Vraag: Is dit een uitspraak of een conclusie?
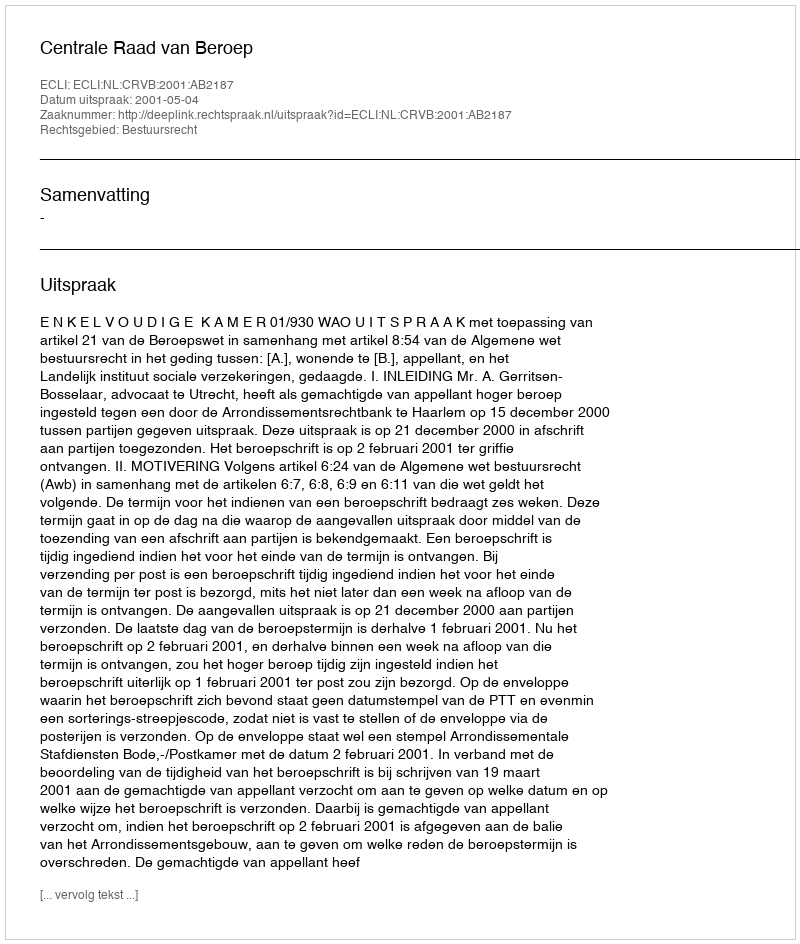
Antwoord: Uitspraak